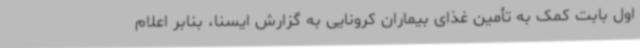
اول بابت کمک به تأمین غذای بیماران کرونایی به گزارش ایسنا، بنابر اعلام